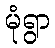
မုံရွာ